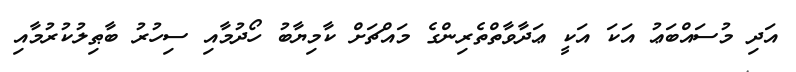
އަދި މުސައްބަޢު އަކަ އަކީ ޢަދާވާތްތެރިންގެ މައްޗަށް ކާމިޔާބު ހޯދުމާއި ސިހުރު ބާޠިލުކުރުމާއި